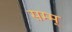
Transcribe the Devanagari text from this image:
सम्म्